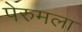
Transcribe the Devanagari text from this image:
पेरुमला